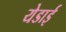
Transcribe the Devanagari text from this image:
येडाई